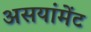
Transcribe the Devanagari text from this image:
असयांमेंट